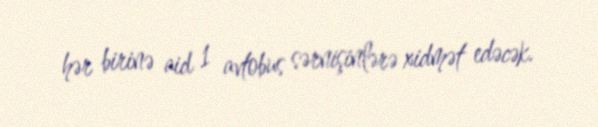
hər birinə aid 1 avtobus sərnişinlərə xidmət edəcək.